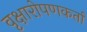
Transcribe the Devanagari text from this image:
वृक्षारोपणकर्ता